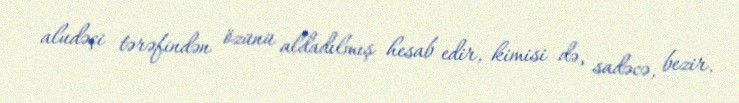
aludəçi tərəfindən özünü aldadılmış hesab edir, kimisi də, sadəcə, bezir.